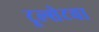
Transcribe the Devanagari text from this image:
टूल्सेटचा